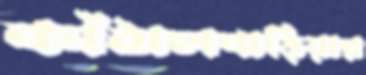
কাঁঠালবাড়িয়ার